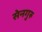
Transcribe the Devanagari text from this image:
सेनगुरु